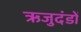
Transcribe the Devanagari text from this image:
ऋजुदंडों